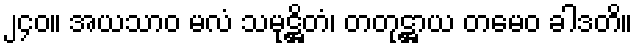
၂၄၀။ အယသာဝ မလံ သမုဋ္ဌိတံ၊ တတုဋ္ဌာယ တမေဝ ခါဒတိ။